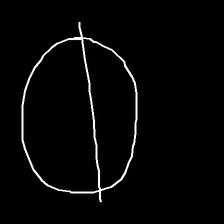
Glyph: orb